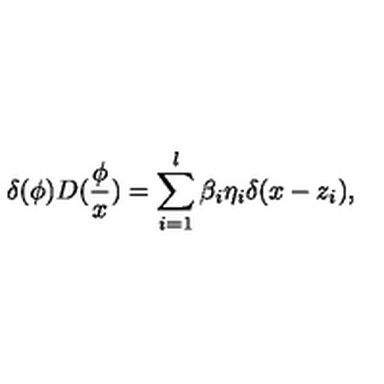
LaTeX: \delta ( \phi ) D ( \frac \phi x ) = \sum _ { i = 1 } ^ { l } \beta _ { i } \eta _ { i } \delta ( x - z _ { i } ) ,